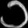
Digit: ၁